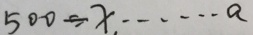
5 0 0 \div x \cdots a